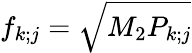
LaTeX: f_{k;j}=\sqrt{M_{2}P_{k;j}}